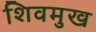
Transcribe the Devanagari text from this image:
शिवमुख